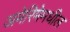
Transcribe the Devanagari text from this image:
अमेरिमेमधील